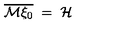
\overline { { { \mathcal M } \xi _ { 0 } } } \ = \ { \mathcal H } \